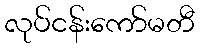
လုပ်ငန်းကော်မတီ